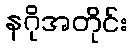
နဂိုအတိုင်း